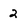
Character: 2